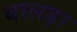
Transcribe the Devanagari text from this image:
बालड़ा